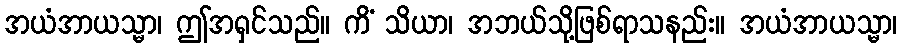
အယံအာယသ္မာ၊ ဤအရှင်သည်။ ကိံ သိယာ၊ အဘယ်သို့ဖြစ်ရာသနည်း။ အယံအာယသ္မာ၊